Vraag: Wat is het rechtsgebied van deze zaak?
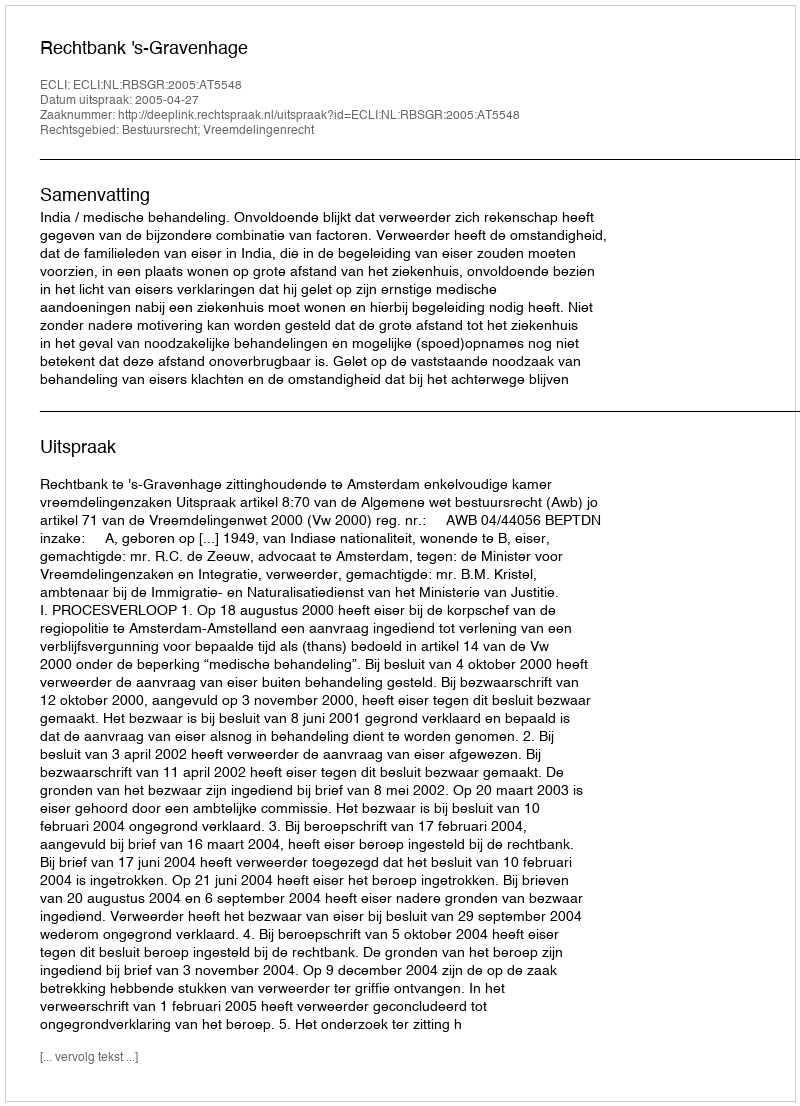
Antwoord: Bestuursrecht; Vreemdelingenrecht